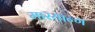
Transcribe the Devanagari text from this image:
मारयान्ग